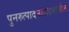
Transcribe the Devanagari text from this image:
पुनरुत्पादनासंदर्भातील